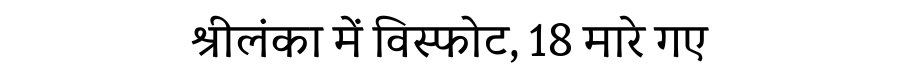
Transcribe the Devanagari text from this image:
श्रीलंका में विस्फोट, 18 मारे गए